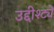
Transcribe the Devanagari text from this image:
उद्दीश्ट्ये